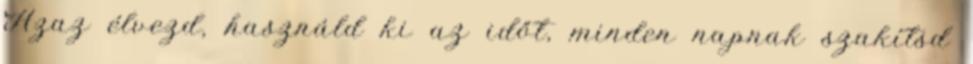
Azaz élvezd, használd ki az időt, minden napnak szakítsd